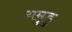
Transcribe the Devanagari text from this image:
यमुडु